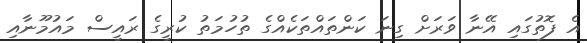
އެ ފޮތުގައި އޭނާ ވަރަށް ގިނަ ކަންތައްތަކެއްގެ ތުހުމަތު ކުރީގެ ރައީސް މައުމޫނާއި